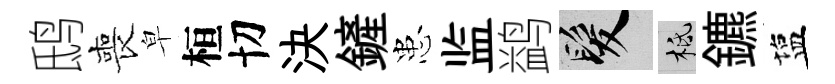
鸱喪皁桓切決鏟患监鹢髮柢鑣塩